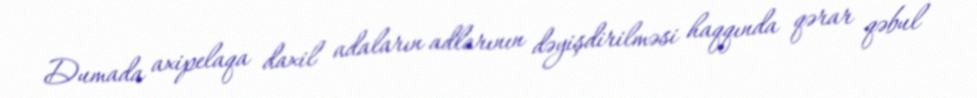
Dumada axipelaqa daxil adaların adlarının dəyişdirilməsi haqqında qərar qəbul